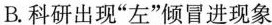
B.科研出现”左”倾冒进现象